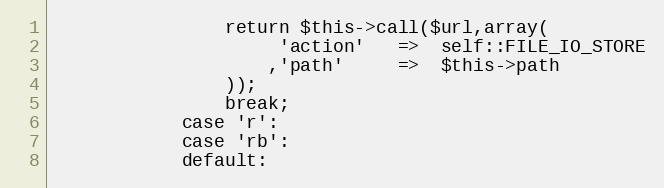
Language: PHP
				return $this->call($url,array(
					 'action'	=>	self::FILE_IO_STORE
					,'path'		=>	$this->path
				));
				break;
			case 'r':
			case 'rb':
			default: